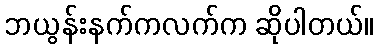
ဘယွန်းနက်ကလက်က ဆိုပါတယ်။